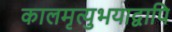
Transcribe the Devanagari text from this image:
कालमृत्युभयाद्वापि